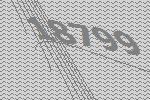
18799